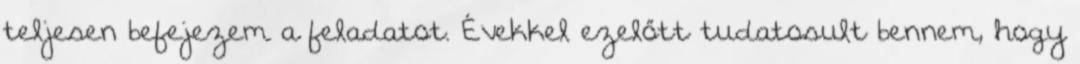
teljesen befejezem a feladatot. Évekkel ezelőtt tudatosult bennem, hogy